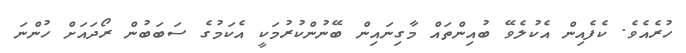
ހުރެއެވެ. ކެފެއިން އެކުލެވޭ ބުއިންތައް މާގިނައިން ބޭނުންކުރުމަކީ އެކަމުގެ ސަބަބުން ރޯދައަށް ހުންނަ